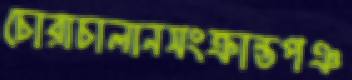
চোরাচালানসংক্রান্তপঞ